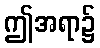
ဤအရာ၌